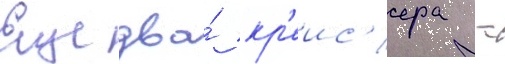
Еще два́ кр'еис'ера -